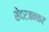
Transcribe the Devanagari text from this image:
शेंदरजनकर